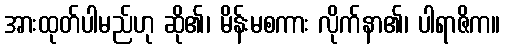
အားထုတ်ပါမည်ဟု ဆို၏၊ မိန်းမစကား လိုက်နာ၏၊ ပါရာဇိက။